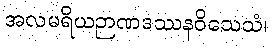
အလမရိယဉာဏဒဿနဝိသေသံ၊